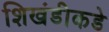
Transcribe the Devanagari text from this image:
शिखंडीकडे